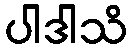
ပါဒါသိ